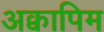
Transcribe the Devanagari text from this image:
अक्वापिम